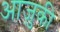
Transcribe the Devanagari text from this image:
आज़ुकी